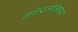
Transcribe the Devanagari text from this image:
कोन्स्तांतिनोस